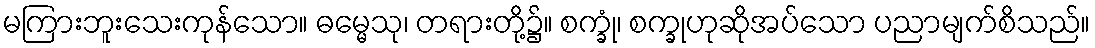
မကြားဘူးသေးကုန်သော။ ဓမ္မေသု၊ တရားတို့၌။ စက္ခုံ၊ စက္ခုဟုဆိုအပ်သော ပညာမျက်စိသည်။